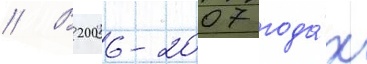
// В 2006-2007 года́х